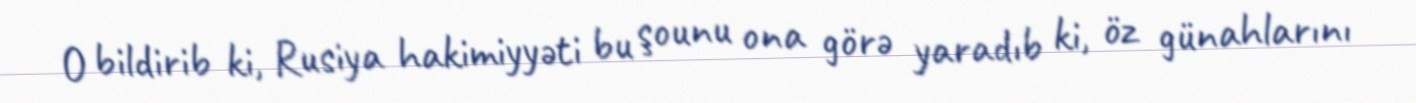
O bildirib ki, Rusiya hakimiyyəti bu şounu ona görə yaradıb ki, öz günahlarını